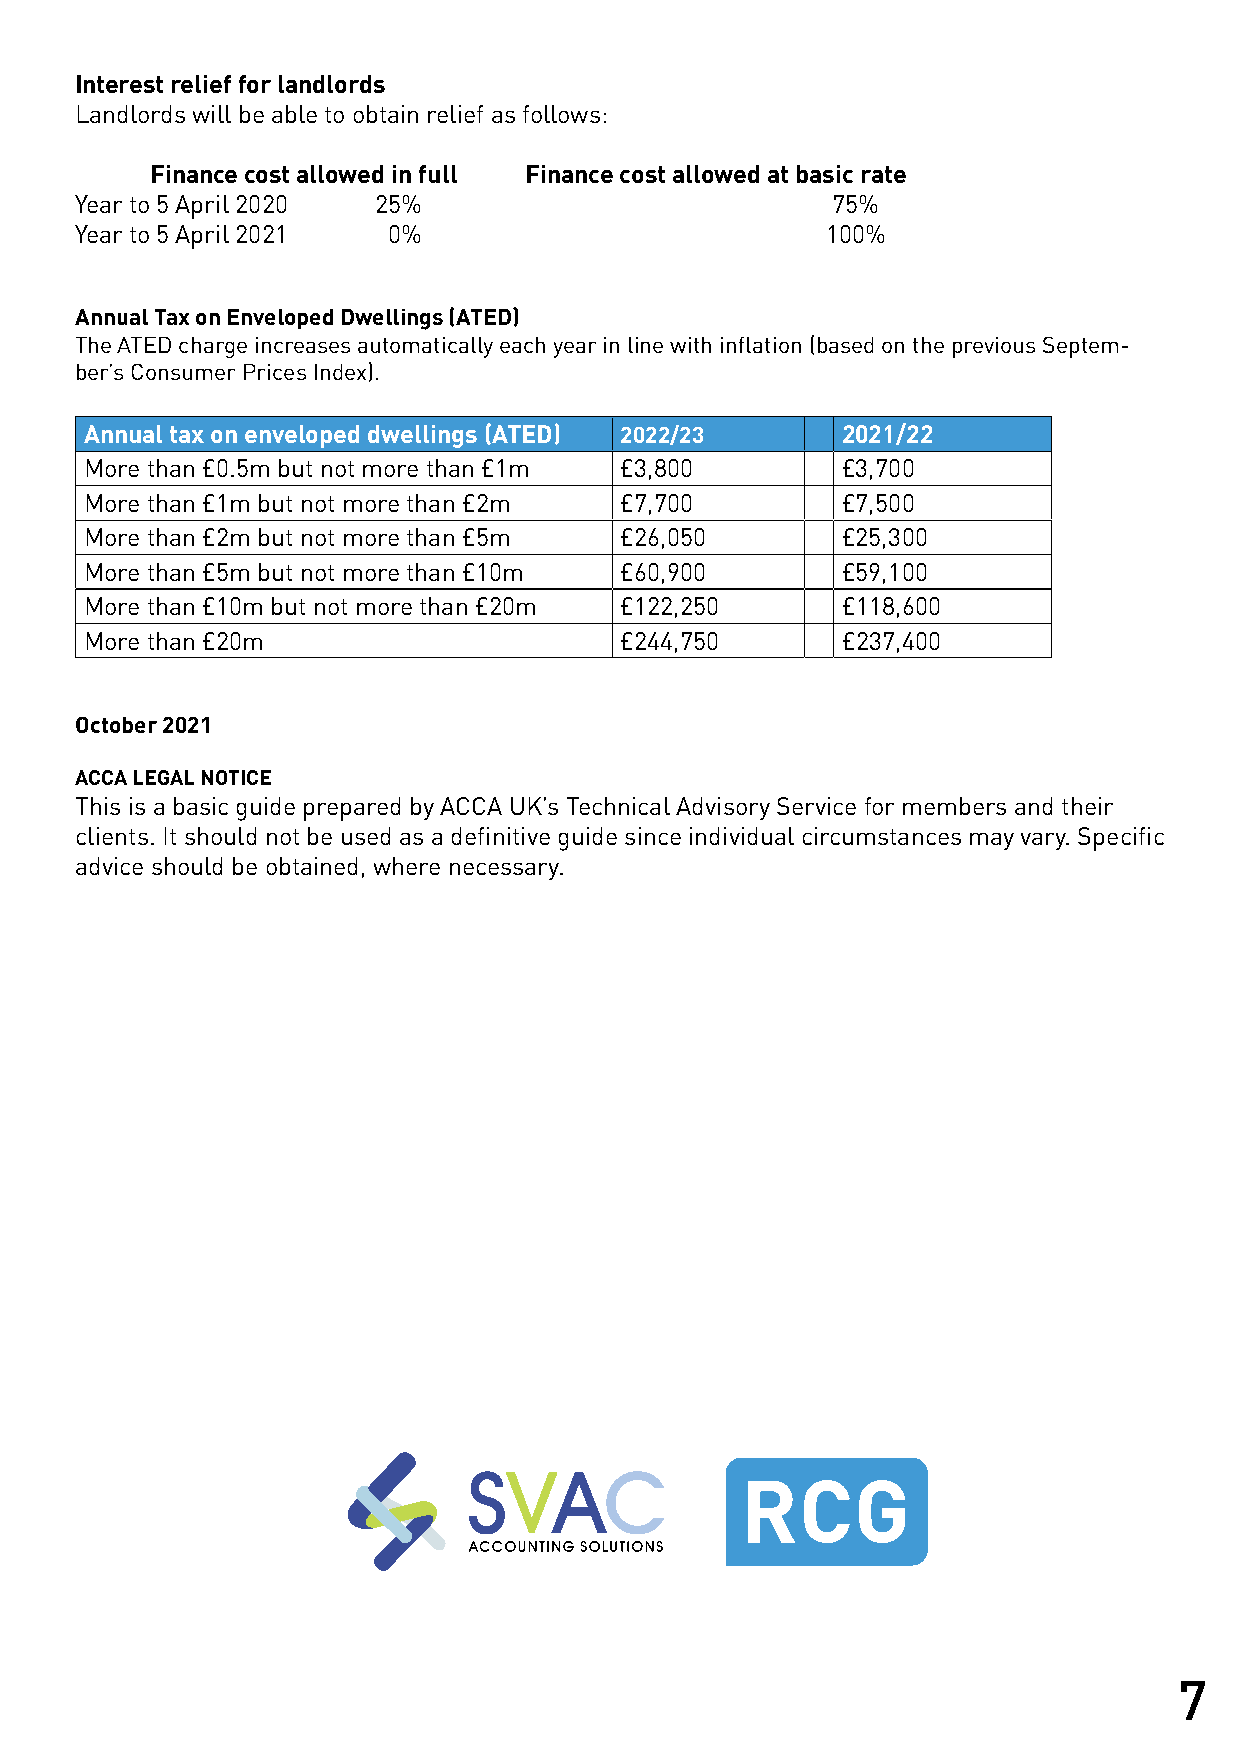
Interest relief for landlords
 Landlords will be able to obtain relief as follows:
 Finance cost allowed in full Finance cost allowed at basic rate
 Year to 5 April 2020 25%                          75%
 Year to 5 April 2021 0%                           100%
 Annual Tax on Enveloped Dwellings (ATED)
 The ATED charge increases automatically each year in line with inflation (based on the previous Septem-
 ber’s Consumer Prices Index).
 Annual tax on enveloped dwellings (ATED) 2022/23  2021/22
 More than £0.5m but not more than £1m £3,800      £3,700
 More than £1m but not more than £2m £7,700        £7,500
 More than £2m but not more than £5m £26,050       £25,300
 More than £5m but not more than £10m £60,900      £59,100
 More than £10m but not more than £20m £122,250    £118,600
 More than £20m                     £244,750       £237,400
 October 2021
 ACCA LEGAL NOTICE
 This is a basic guide prepared by ACCA UK’s Technical Advisory Service for members and their
 clients. It should not be used as a definitive guide since individual circumstances may vary. Specific
 advice should be obtained, where necessary.
 7